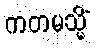
ကတမသ္မိံ